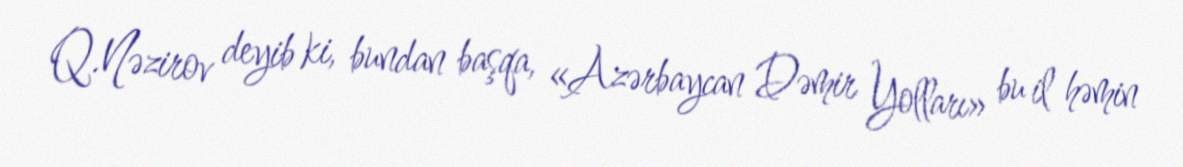
Q.Nəzirov deyib ki, bundan başqa, «Azərbaycan Dəmir Yolları» bu il həmin